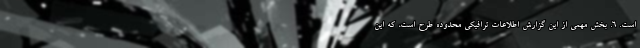
است. 6. بخش مهمی از این گزارش اطلاعات ترافیکی محدوده طرح است، که این